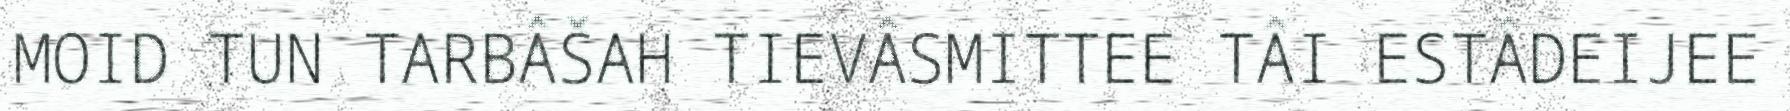
MOID TUN TARBÂŠAH TIEVÂSMITTEE TÂI ESTÂDEIJEE